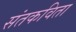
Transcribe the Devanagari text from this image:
संतकविता